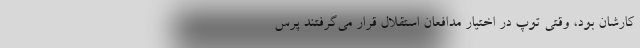
کارشان بود، وقتی توپ در اختیار مدافعان استقلال قرار می‌گرفتند پرس